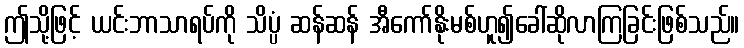
ဤသို့ဖြင့် ယင်းဘာသာရပ်ကို သိပ္ပံ ဆန်ဆန် အီကော်နိုးမစ်ဟူ၍ခေါ်ဆိုလာကြခြင်းဖြစ်သည်။